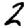
Digit: 2